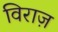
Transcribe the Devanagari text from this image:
विराज़